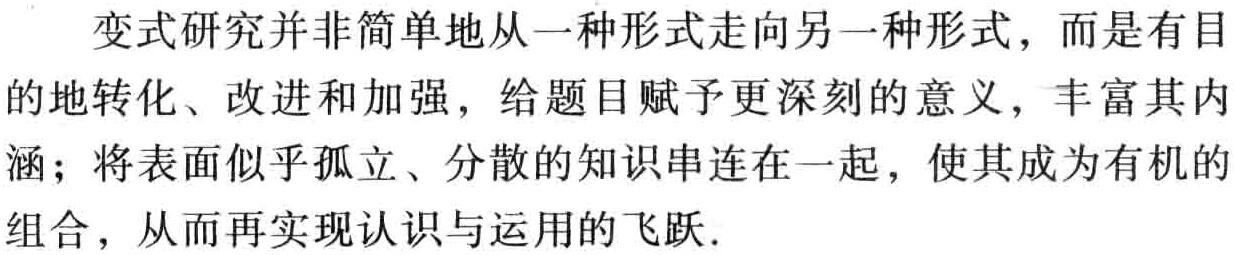
变式研究并非简单地从一种形式走向另一种形式，而是有目的地转化、改进和加强，给题目赋予更深刻的意义，丰富其内涵；将表面似乎孤立、分散的知识串连在一起，使其成为有机的组合，从而再实现认识与运用的飞跃.